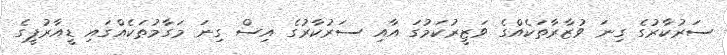
ސަރުކާރުގެ ގިނަ ވުޒާރާތަކެއްގެ ވަޒީރުކަމުގަ އާއި ސަރުކާރުގެ އިސް ގިނަ މަގާމުތަކެއްގައި ޑީއާރުޕީގެ